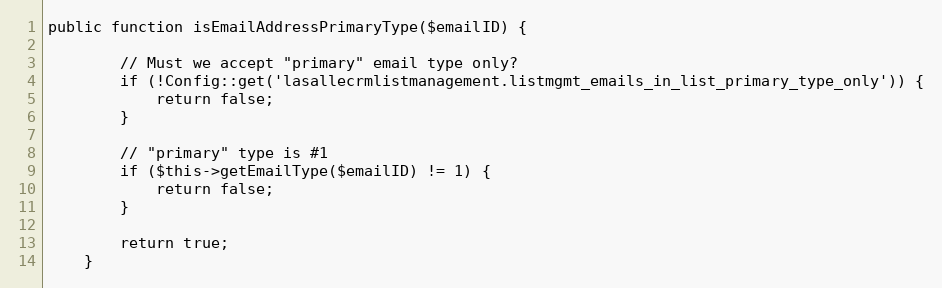
Language: PHP
public function isEmailAddressPrimaryType($emailID) {

        // Must we accept "primary" email type only?
        if (!Config::get('lasallecrmlistmanagement.listmgmt_emails_in_list_primary_type_only')) {
            return false;
        }

        // "primary" type is #1
        if ($this->getEmailType($emailID) != 1) {
            return false;
        }

        return true;
    }